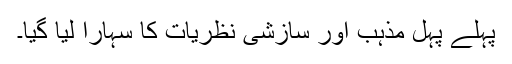
پہلے پہل مذہب اور سازشی نظریات کا سہارا لیا گیا۔